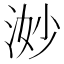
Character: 𪶋